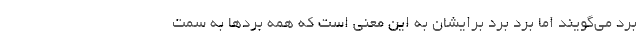
برد می‌گویند اما برد برد برایشان به این معنی است که همه بردها به سمت